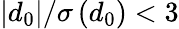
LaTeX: |d_{0}|/\sigma\left(d_{0}\right)<3